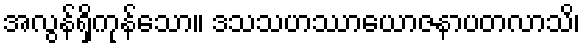
အလွန်ရှိကုန်သော။ ဒသသဟဿာယောဇနာပတလာသိ၊